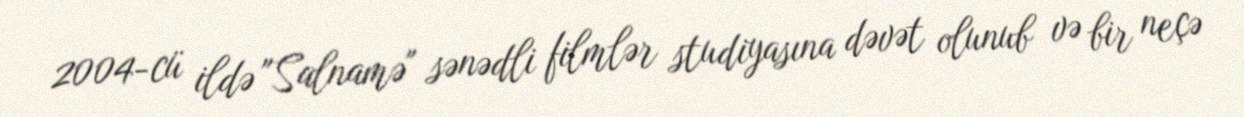
2004-cü ildə "Salnamə" sənədli filmlər studiyasına dəvət olunub və bir neçə